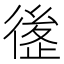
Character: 𰐶